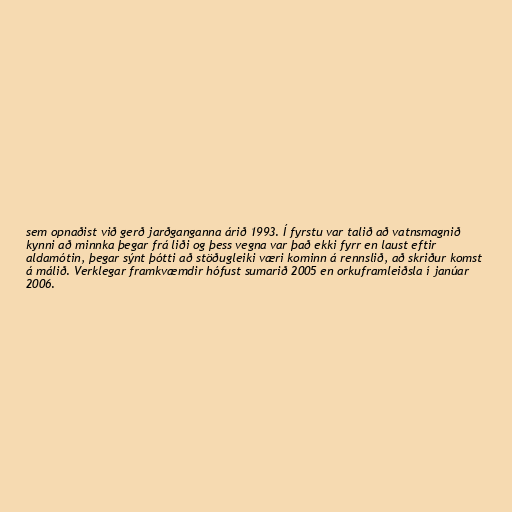
sem opnaðist við gerð jarðganganna árið 1993. Í fyrstu var talið að vatnsmagnið
kynni að minnka þegar frá liði og þess vegna var það ekki fyrr en laust eftir
aldamótin, þegar sýnt þótti að stöðugleiki væri kominn á rennslið, að skriður komst
á málið. Verklegar framkvæmdir hófust sumarið 2005 en orkuframleiðsla í janúar
2006.